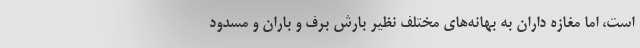
است، اما مغازه داران به بهانه‌های مختلف نظیر بارش برف و باران و مسدود